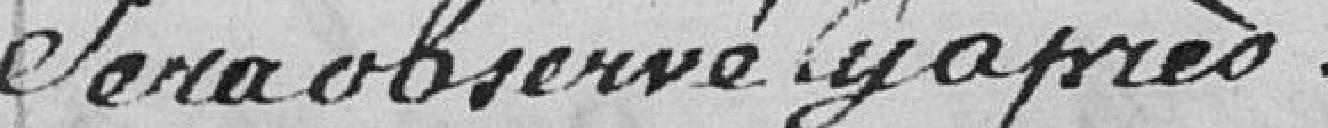
sera observé cy après.